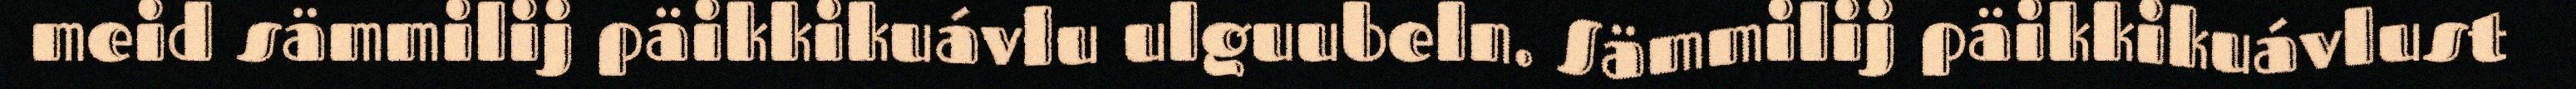
meid sämmilij päikkikuávlu ulguubeln. Sämmilij päikkikuávlust